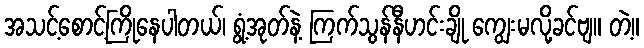
အသင့်စောင့်ကြိုနေပါတယ်၊ ရွံ့အုတ်နဲ့ ကြက်သွန်နီဟင်းချို ကျွေးမလို့ခင်ဗျ။ တဲ့။